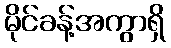
မိုင်ခန့်အကွာရှိ